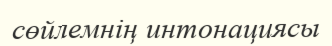
сөйлемнің интонациясы